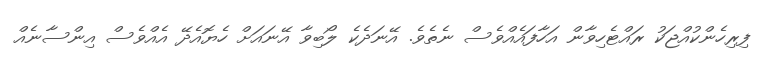
ފިރިހެންކުއްޖަކު ރައްޓެހިވާން އަހާފައެއްވެސް ނެތެވެ. އޭނަދެކެ ލޯބިވާ އޭނައަށް ހެޔޮއެދޭ އެއްވެސް އިންސާނެއް